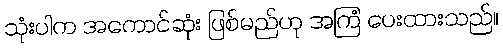
သုံးပါက အကောင်ဆုံး ဖြစ်မည်ဟု အကြံ ပေးထားသည်။